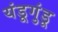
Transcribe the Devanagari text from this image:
यंडूगुंडू